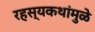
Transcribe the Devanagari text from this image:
रहस्यकथांमुळे